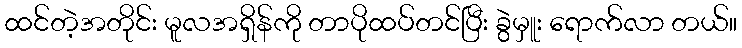
ထင်တဲ့အတိုင်း မူလအရှိန်ကို တာပိုထပ်တင်ပြီး ခွဲမှူး ရောက်လာ တယ်။